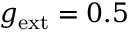
g _ { \mathrm { e x t } } = 0 . 5